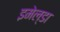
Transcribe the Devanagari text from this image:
इमेल्डा